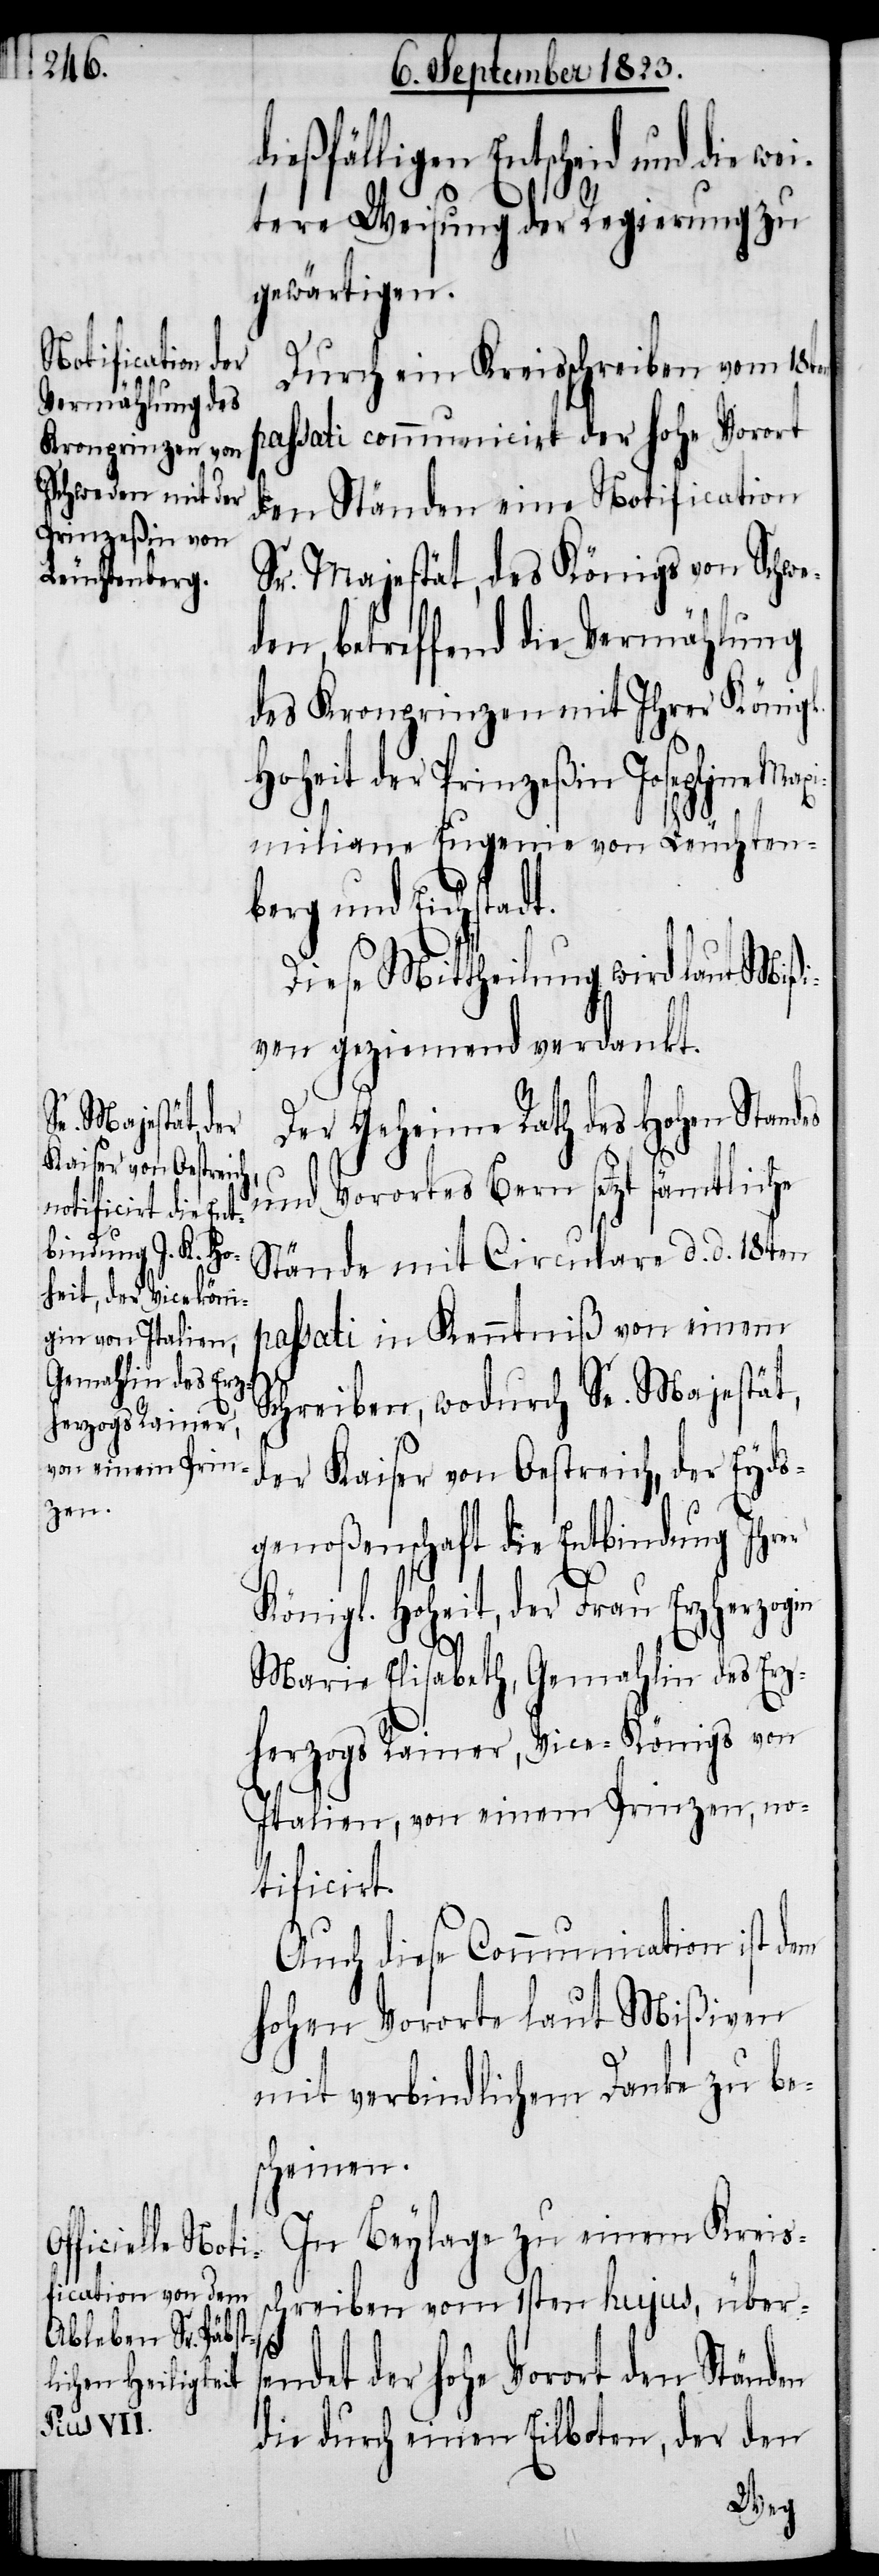
d¬
en

ießfälligen Entscheid und die w¬
eitere Weisung der Regierung zu
gewärtigen.
Durch ein Kreisschreiben vom 18t¬
passati communicirt der hohe Vorort
den Ständen eine Notification
Sr. Majestät, des Königs von Schwe¬
den, betreffend die Vermählung
des Kronprinzen mit Ihrer Königl.
Hoheit der Prinzeßin Josephine Ma¬
ximiliane Eugenie von Leuchtenb¬
erg und Eichsta¬
Diese Mittheilung wird laut Mißi¬
ven geziemend verdankt.
Der Geheime Rath des Hohen Standes
und Vorortes Bern setzt sämtliche
Stände mit Circulare d. d. 18ten
passati in Kenntniß von einem
Schreiben, wodurch Se. Majestät,
der Kaiser von Oestreich, der Eyds¬
genoßenschaft die Entbindung Ihrer
Königl. Hoheit, der Frau Erzherzogin
Marie Elisabeth, Gemahlin des Erz¬
herzogs Rainer, Vice-Königs von
Italien, von einem Prinzen, no¬
tificirt.
Auch diese Communication ist dem
hohen Vororte laut Mißiven
mit verbindlichem Danke zu be¬
scheinen.
In Beylage zu einem Kreis¬
schreiben vom 1sten hujus, übers¬
dt.
endet der hohe Vorort den Ständen
die durch einen Eilboten, der den